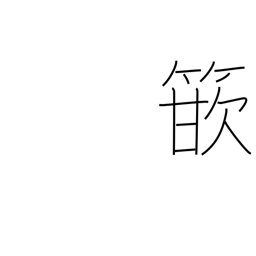
Meaning: inlay